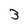
Character: 3